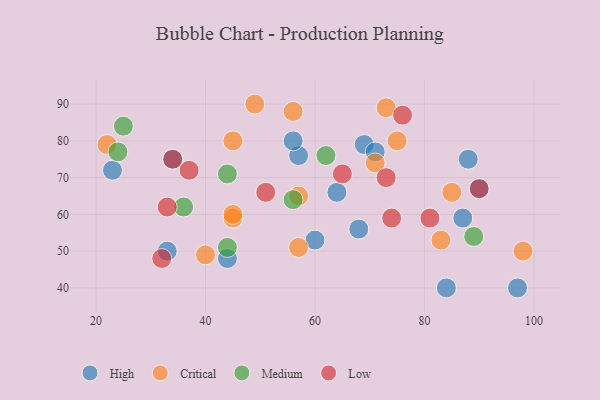
{"axis": {"x": "GDP", "y": "Life Expectancy"}, "legend": ["Critical", "High", "Low", "Medium"], "data": [{"x": "23", "y": 72, "type": "High"}, {"x": "69", "y": 79, "type": "High"}, {"x": "64", "y": 66, "type": "High"}, {"x": "97", "y": 40, "type": "High"}, {"x": "84", "y": 40, "type": "High"}, {"x": "57", "y": 76, "type": "High"}, {"x": "34", "y": 75, "type": "High"}, {"x": "71", "y": 77, "type": "High"}, {"x": "33", "y": 50, "type": "High"}, {"x": "68", "y": 56, "type": "High"}, {"x": "44", "y": 48, "type": "High"}, {"x": "60", "y": 53, "type": "High"}, {"x": "88", "y": 75, "type": "High"}, {"x": "90", "y": 67, "type": "High"}, {"x": "87", "y": 59, "type": "High"}, {"x": "56", "y": 80, "type": "High"}, {"x": "45", "y": 59, "type": "Critical"}, {"x": "85", "y": 66, "type": "Critical"}, {"x": "57", "y": 51, "type": "Critical"}, {"x": "71", "y": 74, "type": "Critical"}, {"x": "83", "y": 53, "type": "Critical"}, {"x": "98", "y": 50, "type": "Critical"}, {"x": "75", "y": 80, "type": "Critical"}, {"x": "45", "y": 60, "type": "Critical"}, {"x": "45", "y": 80, "type": "Critical"}, {"x": "49", "y": 90, "type": "Critical"}, {"x": "22", "y": 79, "type": "Critical"}, {"x": "57", "y": 65, "type": "Critical"}, {"x": "73", "y": 89, "type": "Critical"}, {"x": "40", "y": 49, "type": "Critical"}, {"x": "56", "y": 88, "type": "Critical"}, {"x": "25", "y": 84, "type": "Medium"}, {"x": "44", "y": 71, "type": "Medium"}, {"x": "24", "y": 77, "type": "Medium"}, {"x": "56", "y": 64, "type": "Medium"}, {"x": "44", "y": 51, "type": "Medium"}, {"x": "62", "y": 76, "type": "Medium"}, {"x": "89", "y": 54, "type": "Medium"}, {"x": "36", "y": 62, "type": "Medium"}, {"x": "32", "y": 48, "type": "Low"}, {"x": "33", "y": 62, "type": "Low"}, {"x": "81", "y": 59, "type": "Low"}, {"x": "37", "y": 72, "type": "Low"}, {"x": "90", "y": 67, "type": "Low"}, {"x": "51", "y": 66, "type": "Low"}, {"x": "73", "y": 70, "type": "Low"}, {"x": "74", "y": 59, "type": "Low"}, {"x": "34", "y": 75, "type": "Low"}, {"x": "76", "y": 87, "type": "Low"}, {"x": "65", "y": 71, "type": "Low"}]}